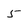
Character: 5